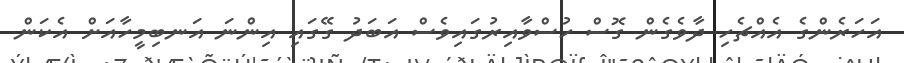
އަހަރެންގެ އެއްޗެހި ދާވެގެން ގޮސް ހުސްވާއިރުގައިވެސް އަބަދު ގޭގައި އިންނަ އަނބިމީހާއަށް އެކަން